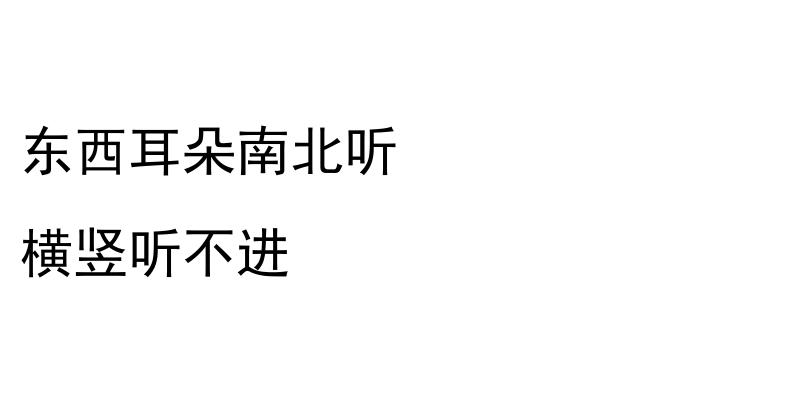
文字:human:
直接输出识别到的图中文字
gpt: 东西耳朵南北听 横竖听不进